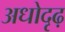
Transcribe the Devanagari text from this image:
अधोदृढ़